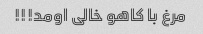
مرغ با کاهو خالی اومد!!!